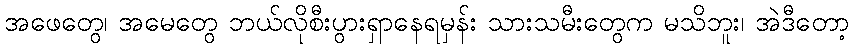
အဖေတွေ၊ အမေတွေ ဘယ်လိုစီးပွားရှာနေရမှန်း သားသမီးတွေက မသိဘူး၊ အဲဒီတော့